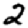
Digit: 2